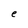
Character: e